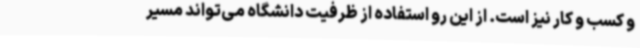
و کسب و کار نیز است. از این رو استفاده از ظرفیت دانشگاه می‌تواند مسیر